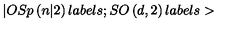
| O S p \left( n | 2 \right) l a b e l s ; S O \left( d , 2 \right) l a b e l s >